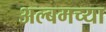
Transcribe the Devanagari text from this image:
अल्बमच्या